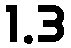
1.3